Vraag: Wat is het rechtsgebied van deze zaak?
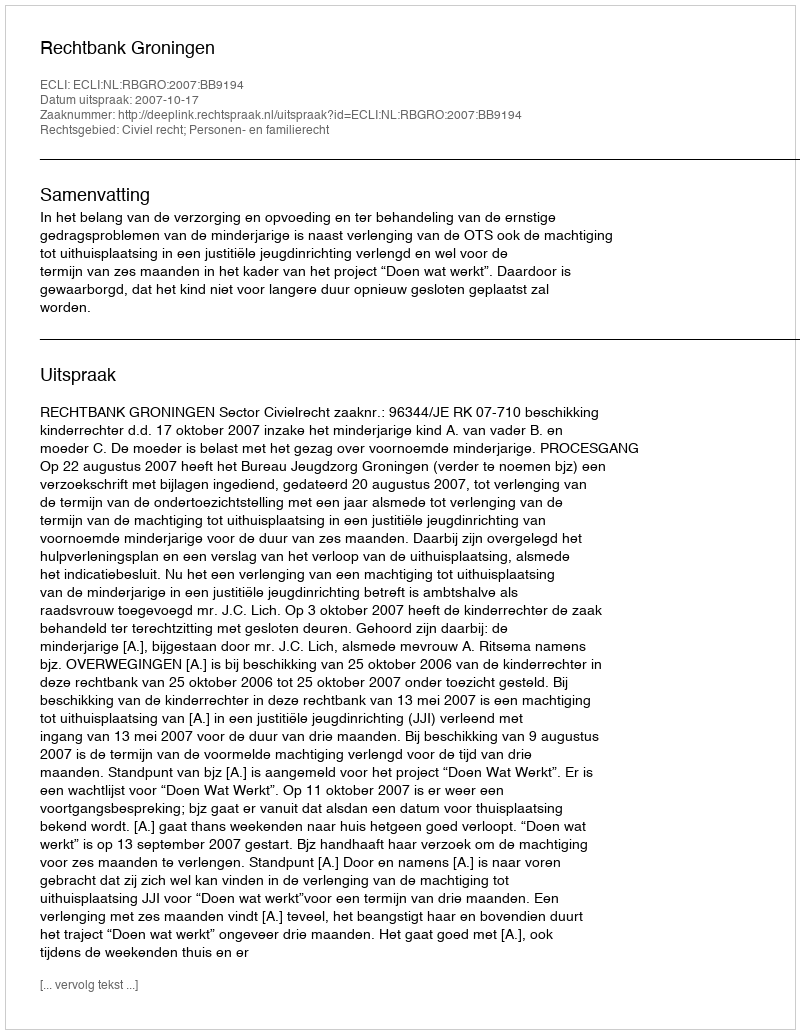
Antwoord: Civiel recht; Personen- en familierecht